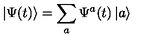
\left| \Psi ( t ) \right\rangle = \sum _ { a } \Psi ^ { a } ( t ) \left| a \right\rangle